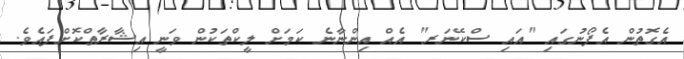
އެގޮތުން އެފޯނުގައި "އައި ސްކޭނަރ" އެއް އިންނާނެ ކަމަށް ލީކްތަކުން ވަނީ އިޝާރާތްކޮށްފައެވެ.